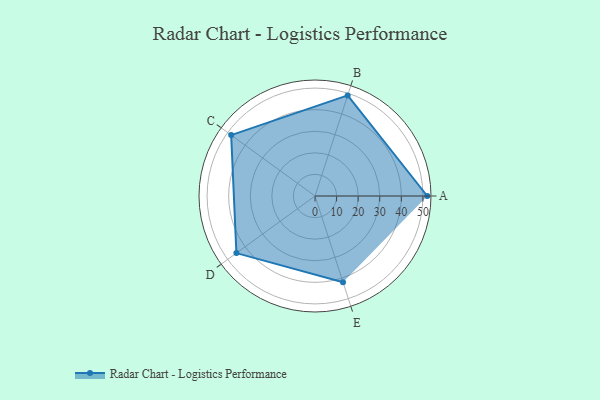
{"axis": {"x": "Skill", "y": "Score"}, "legend": ["Profile"], "data": [{"x": "A", "y": 52.0, "type": "Profile"}, {"x": "B", "y": 49.0, "type": "Profile"}, {"x": "C", "y": 48.0, "type": "Profile"}, {"x": "D", "y": 45.0, "type": "Profile"}, {"x": "E", "y": 42.0, "type": "Profile"}]}